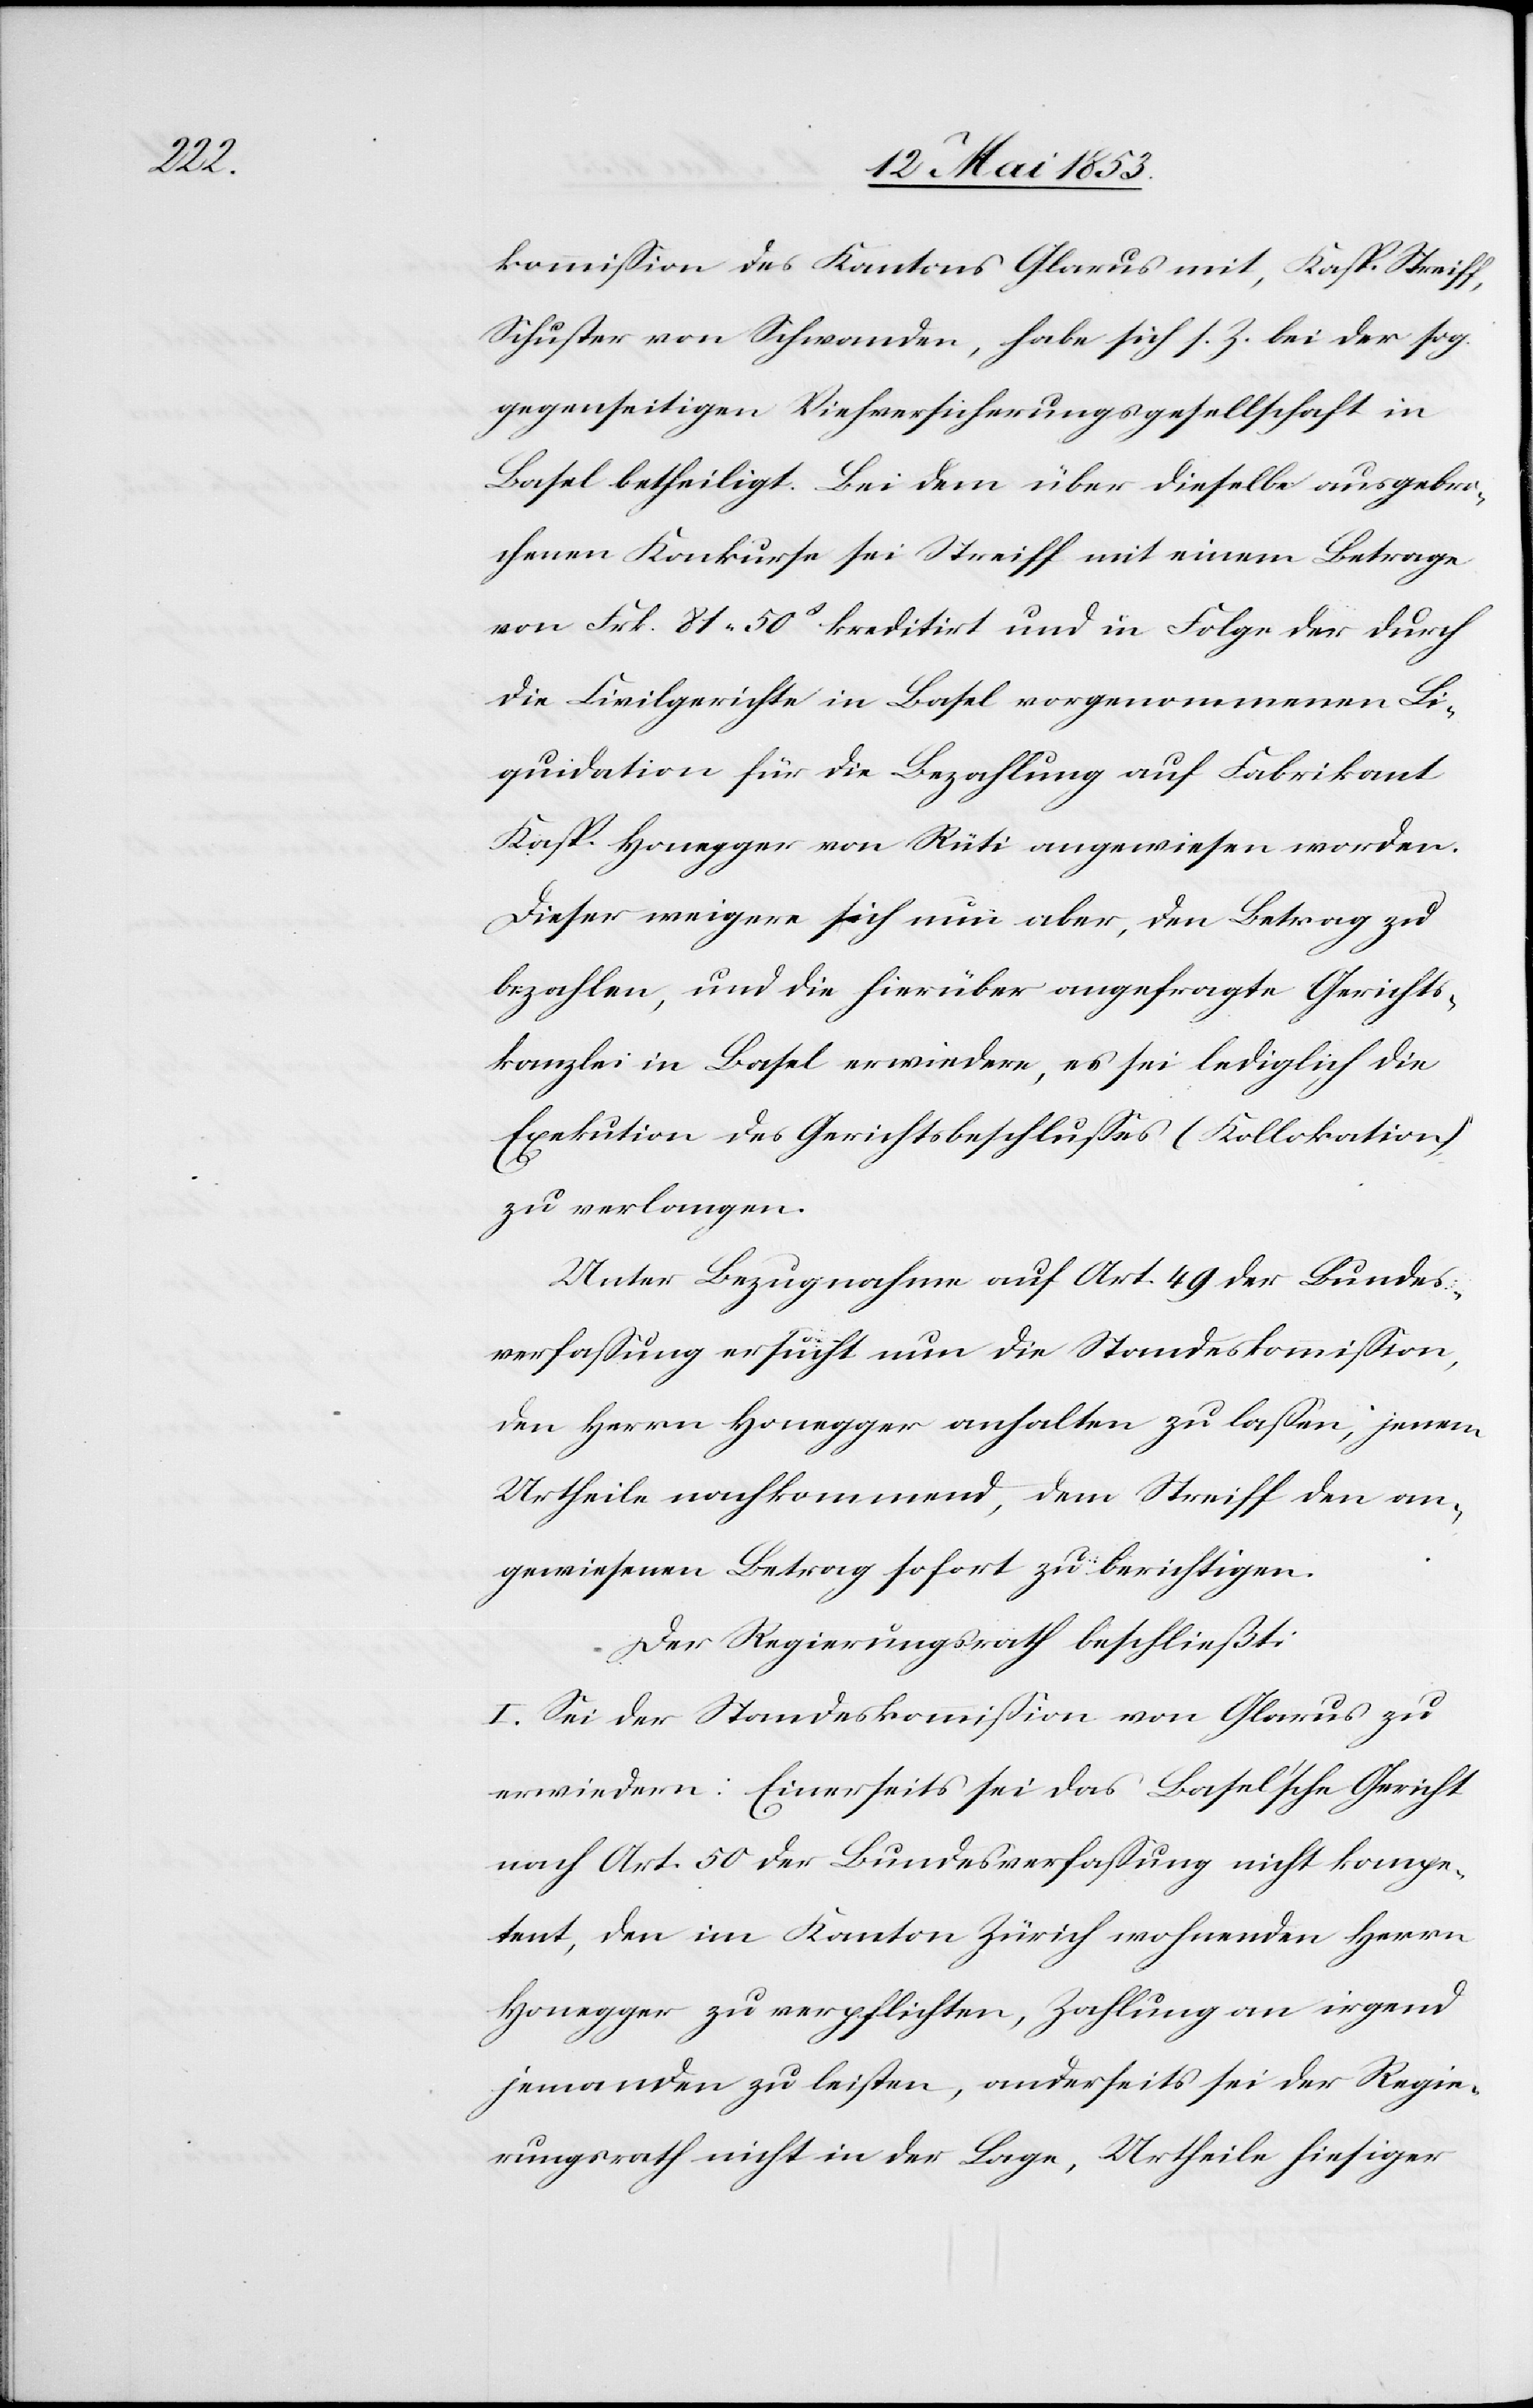
kommißion des Kantons Glarus mit, Kasp. Streiff,
Schuster von Schwanden, habe sich s. Z. bei den sog.
gegenseitigen Viehversicherungsgesellschaft in
Basel betheiligt. Bei dem über dieselbe ausgebro¬
chenen Konkurse sei Streiff mit einem Betrage
von Frk. 81. 50c kreditirt und in Folge der durch
die Civilgerichte in Basel vorgenommenen Li¬
quidation für die Bezahlung auf Fabrikant
Kasp. Honegger von Rüti angewiesen worden.
Dieser weigere sich nun aber, den Betrag zu
bezahlen, und die hierüber angefragte Gerichts¬
kanzlei in Basel erwiedere, es sei lediglich die
Exekution des Gerichtsbeschlußes (Kollokation)
zu verlangen.
Unter Bezugnahme auf Art. 49 der Bundes¬
verfaßung ersucht nun die Standeskommißion,
den Herrn Honegger anhalten zu laßen, jenem
Urtheile nachkommend, dem Streiff den an¬
gewiesenen Betrag sofort zu berichtigen.
Der Regierungsrath beschließt:
I. Sei der Standeskommißion von Glarus zu
erwiedern: Einerseits sei das Basel’sche Gericht
nach Art. 50 der Bundesverfaßung nicht kompe¬
tent, den im Kanton Zürich wohnenden Herrn
Honegger zu verpflichten, Zahlung an irgend
jemanden zu leisten, anderseits sei der Regie¬
rungsrath nicht in der Lage, Urtheile hiesiger